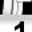
Digit: 1